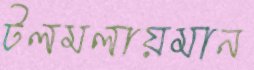
টলমলায়মান